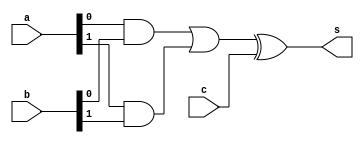
// ------------------------- 
// Exemplo0036 - F4 
// Nome: Pedro Henrique Vilar Locatelli 
// ------------------------- 
// ------------------------- 
// f4_gate 
// ------------------------- 
module f4 (output s, 
input [1:0] a, 
input [1:0] b, 
input c); 

wire w1,w2,w3;

and and1 (w1, a[0], b[0]);
and and2 (w2, a[1], b[1]);
or or1 (w3, w1, w2);
xor xor1 (s, w3, c);

endmodule // f4 
module test_f4; 
// ------------------------- definir dados 
reg w; 
reg [1:0] x; 
reg [1:0] y; 
wire z; 
f4 modulo (z, x, y, w); 
// ------------------------- parte principal 
initial begin 
$display("Exemplo0036 - Pedro Henrique Vilar Locatelli - 427453"); 
$display("Test LU's module"); 
$display("0-equal 1-different"); 
$display(" a   b    op  result"); 
x = 2'b11; y = 2'b01; w = 2'b0;
// projetar testes do modulo 
#1 $display("%3b %3b %3b %3b",x,y,w,z); 
 w = 2'b1;
#1 $display("%3b %3b %3b %3b",x,y,w,z); 
end 
endmodule // test_f4